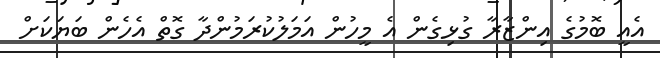
އެއީ ބޮމުގެ އިންޒާރާ ގުޅިގެން އެ މީހުން އަމަލުކުރަމުންދާ ގޮތް އެހެން ބަޔަކަށް